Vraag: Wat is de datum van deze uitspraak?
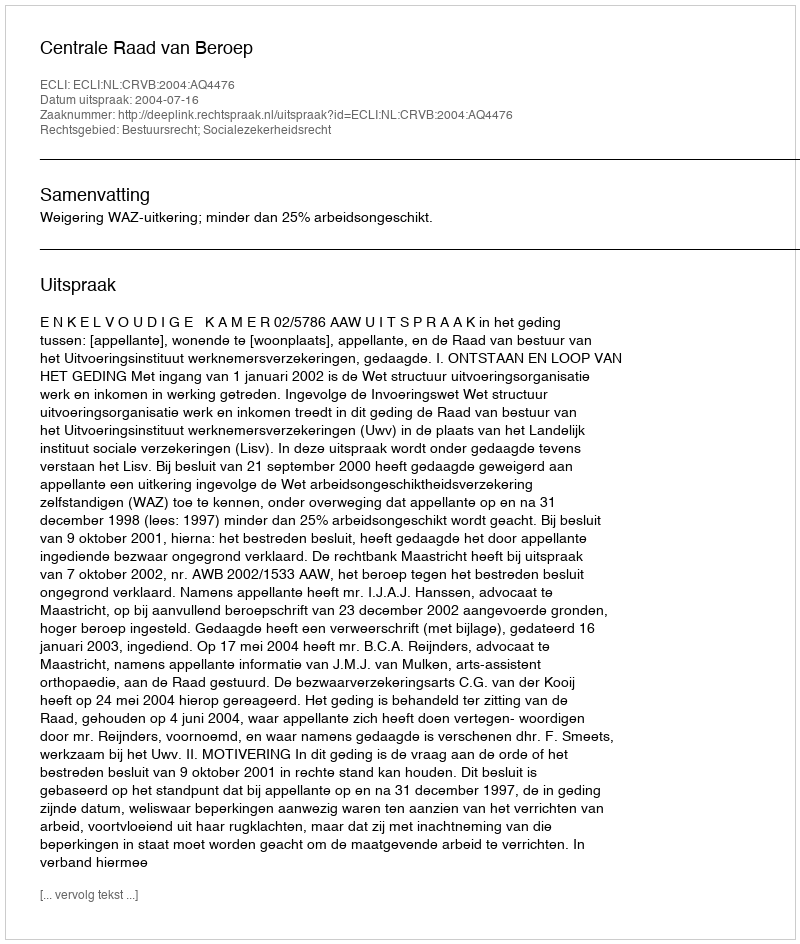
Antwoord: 2004-07-16